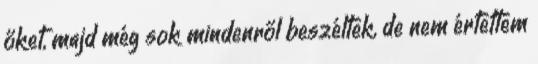
őket, majd még sok mindenről beszéltek, de nem értettem